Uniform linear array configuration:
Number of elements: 16
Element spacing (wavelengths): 1
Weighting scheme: kaiser
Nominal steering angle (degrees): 15
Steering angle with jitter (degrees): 13.191
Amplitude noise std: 0.05
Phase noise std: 0.05

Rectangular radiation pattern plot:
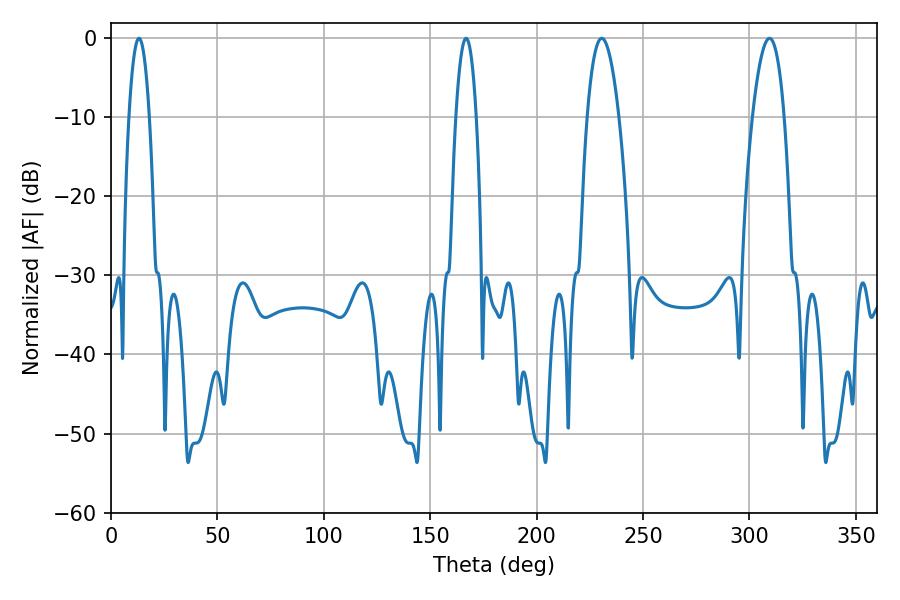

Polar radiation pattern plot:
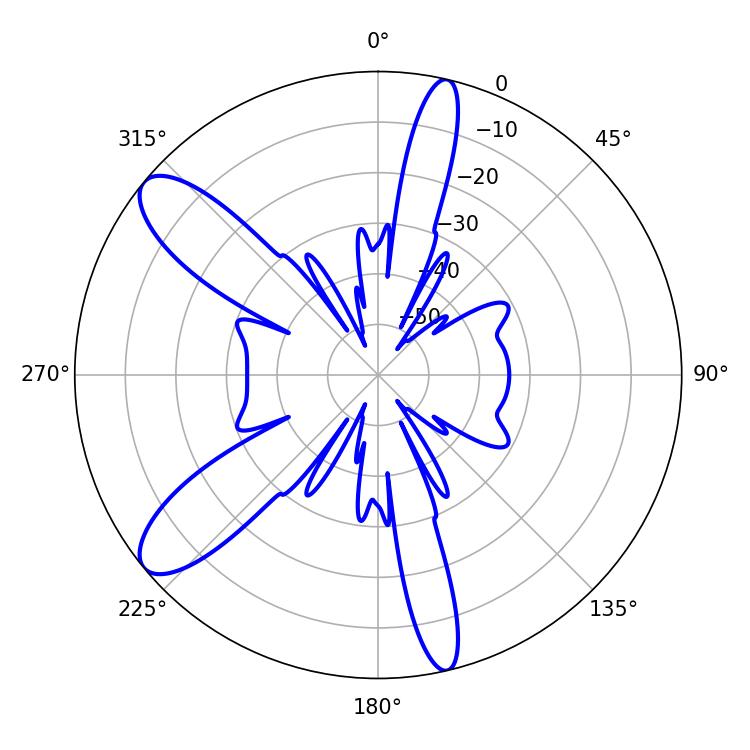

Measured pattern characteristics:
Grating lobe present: TRUE
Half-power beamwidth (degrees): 8.28
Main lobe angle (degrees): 230.58